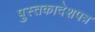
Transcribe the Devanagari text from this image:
पुस्तकादेशपत्र